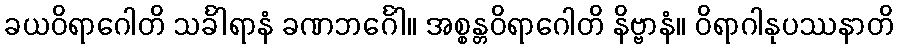
ခယဝိရာဂေါတိ သင်္ခါရာနံ ခဏဘင်္ဂေါ။ အစ္စန္တဝိရာဂေါတိ နိဗ္ဗာနံ။ ဝိရာဂါနုပဿနာတိ